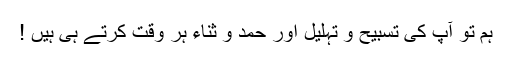
ہم تو آپ کی تسبیح و تہلیل اور حمد و ثناء ہر وقت کرتے ہی ہیں !